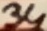
Text: 34